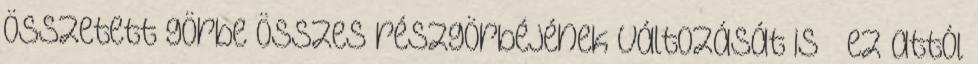
összetett görbe összes részgörbéjének változását is – ez attól